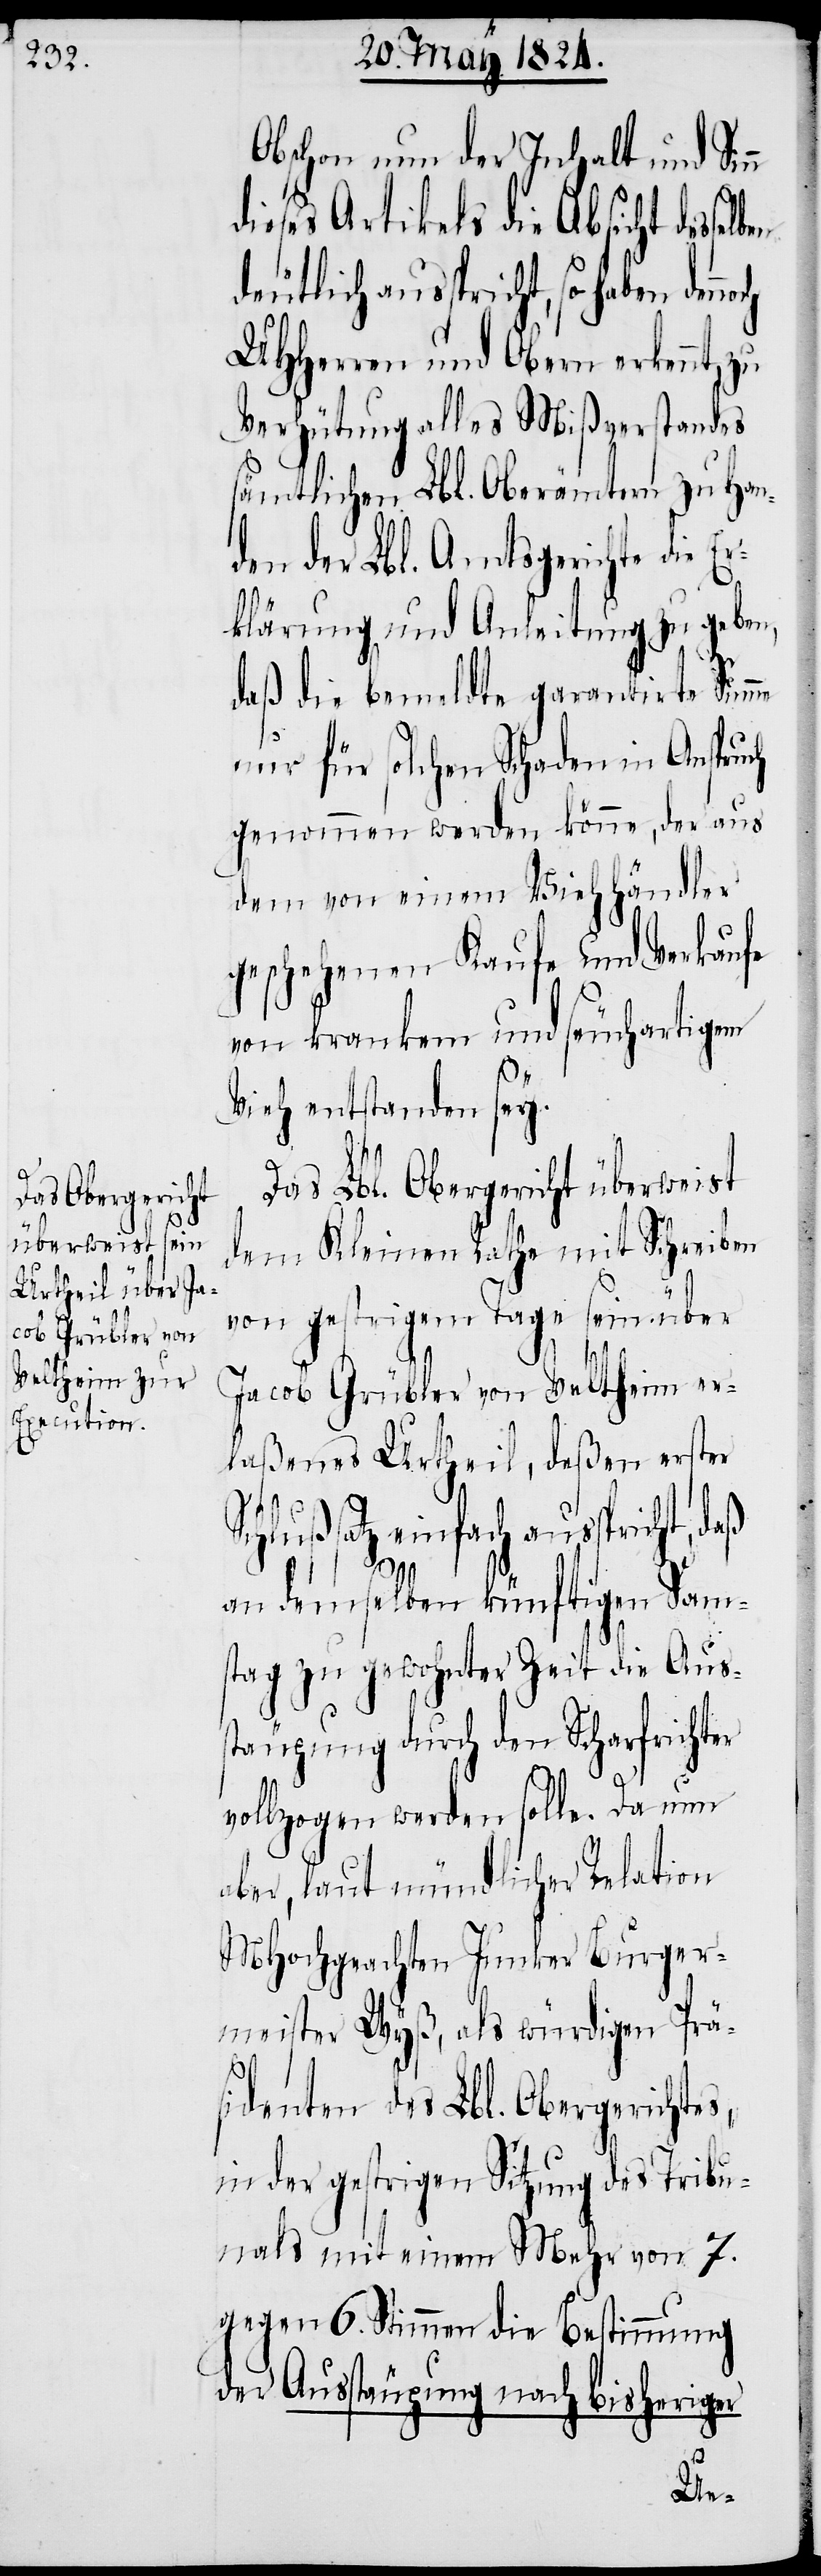
n

Obschon nun der Inhalt und Sin¬
dieses Artikels die Absicht dessel¬
deutlich ausspricht, so haben
UHHerren und Obern erkennt, zu
Verhütung alles Mißverstandes
sämtlichen Lbl. Oberämtern zu Han¬
den der Lbl. Amtsgerichte die E¬
rklärung und Anleitung zu geben,
daß die bemeldte garantirte Summe
nur für solchen Schaden in Anspruch
genommen werden könne, der aus
dem von einem Viehhändler
geschehenen Kaufe und Verkaufe
von krankem und seuchartigem
ben
Vieh entstanden sey.
Das Lbl. Obergericht überweist
dem Kleinen Rathe mit Schreiben
von gestrigem Tage sein über
Jacob Grübler von Veltheim er¬
laßenes Urtheil, deßen erster
Schlußsatz einfach ausspricht, daß
an demselben künftigen Sam¬
stag zu gewohnter Zeit die Aus¬
stäupung durch den Scharfrichter
vollzogen werden solle. Da nun
aber, laut mündlicher Relation
MHochgeachten Junker Burger¬
meister Wyß, als würdigen Prä¬
sidenten des Lbl. Obergerichtes,
in der gestrigen Sitzung des Tribun¬
als mit einem Mehr von 7.
gegen 6. Stimmen die Bestimmung
der Ausstäupung nach bisheriger